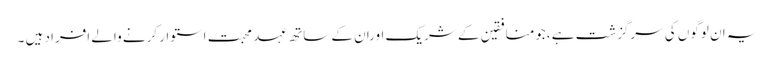
یہ ان لوگوں کی سرگزشت ہے ،جومنافقین کے شریک اوران کے ساتھ عہد ِ محبت استوار کرنے والے افراد ہیں ۔